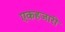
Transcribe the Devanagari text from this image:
एकहजारी